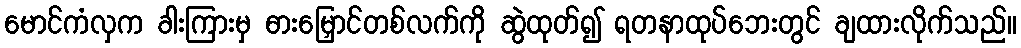
မောင်ကံလှက ခါးကြားမှ ဓားမြှောင်တစ်လက်ကို ဆွဲထုတ်၍ ရတနာထုပ်ဘေးတွင် ချထားလိုက်သည်။